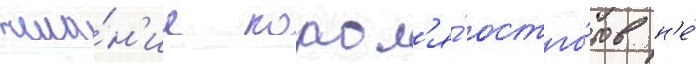
жела́н'ие корол'я́ остго́тов н'е́